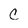
Character: C